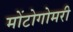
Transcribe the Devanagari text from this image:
मोंटोगोमरी